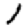
Digit: 1